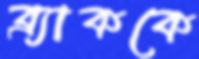
ব্র্যাককে